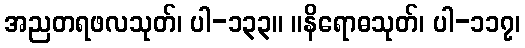
အညတရဖလသုတ်၊ ပါ-၁၃၃။ ။နိရောဓသုတ်၊ ပါ-၁၁၇၊